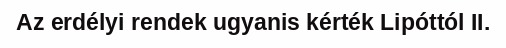
Az erdélyi rendek ugyanis kérték Lipóttól II.